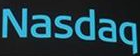
Nasdaq